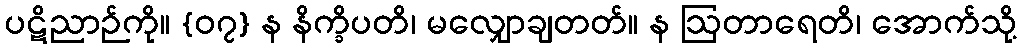
ပဋိညာဉ်ကို။ {၀၇} န နိက္ခိပတိ၊ မလျှောချတတ်။ န ဩတာရေတိ၊ အောက်သို့